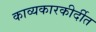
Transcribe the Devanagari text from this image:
काव्यकारकीर्दीत